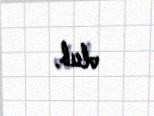
olub.